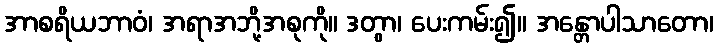
အာစရိယဘာဝံ၊ အရာအဘို့အစုကို။ ဒတွာ၊ ပေးကမ်း၍။ အန္တောပါသာတော၊